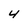
Character: 4